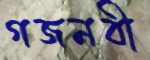
গজনবী